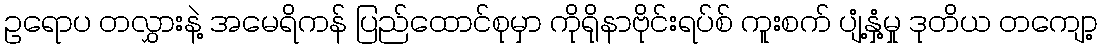
ဥရောပ တလွှားနဲ့ အမေရိကန် ပြည်ထောင်စုမှာ ကိုရိုနာဗိုင်းရပ်စ် ကူးစက် ပျံ့နှံ့မှု ဒုတိယ တကျော့